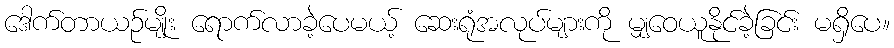
ဒေါက်တာယဉ်မျိုး ရောက်လာခဲ့ပေမယ့် ဆေးရုံအလုပ်များကို မျှဝေယူနိုင်ခဲ့ခြင်း မရှိပေ။